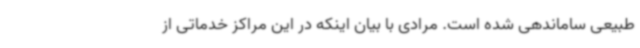
طبیعی ساماندهی شده است. مرادی با بیان اینکه در این مراکز خدماتی از